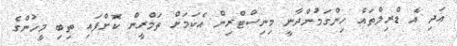
އަދި އެ ޑްރިލްތައް ހިންގަމުންދާނީ މިނިސްޓްރިން އެކަމަށް ތަމްރީން ކޮށްފައި ތިބި މީހުންގެ